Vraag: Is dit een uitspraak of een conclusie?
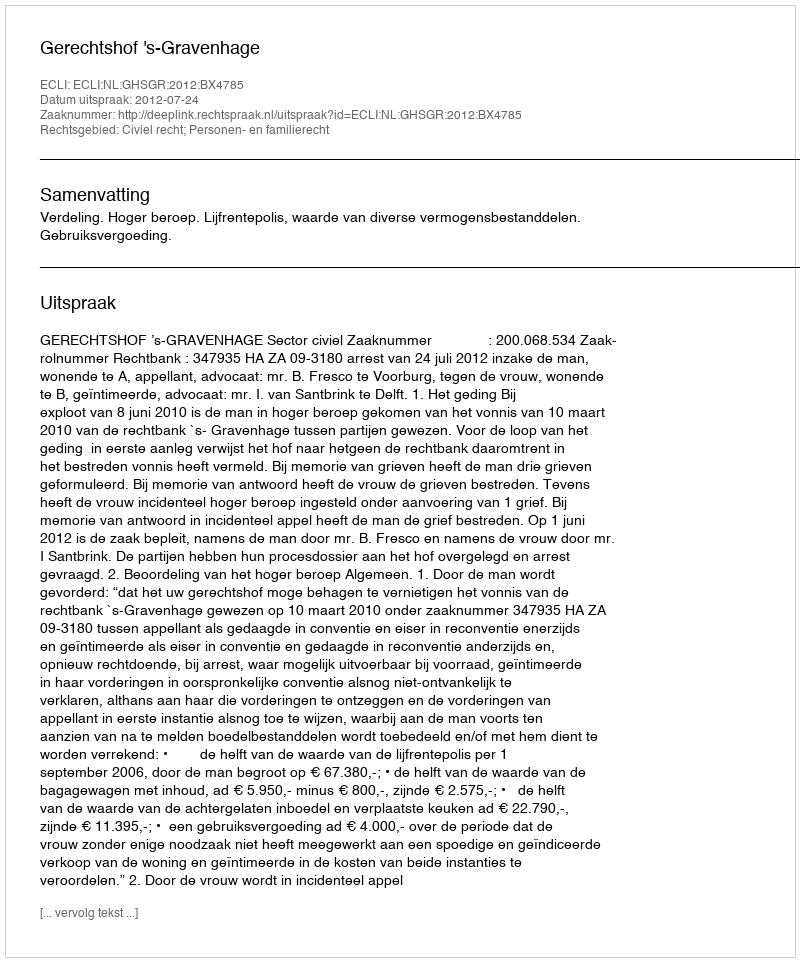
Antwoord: Uitspraak